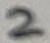
Text: 2